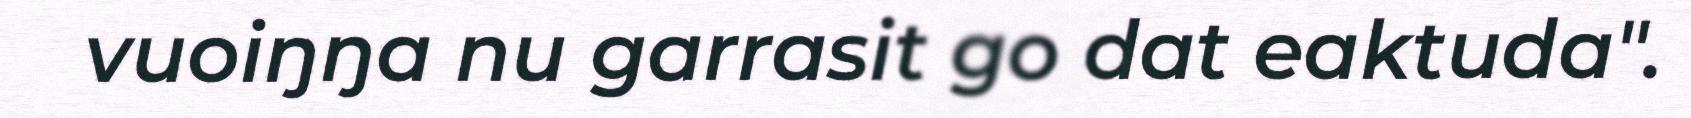
vuoiŋŋa nu garrasit go dat eaktuda".